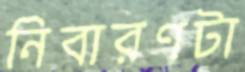
নিবারণটা